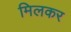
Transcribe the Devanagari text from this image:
मिलकर